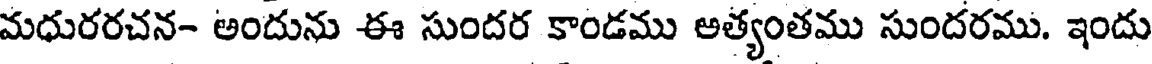
మధురరచన- అందును ఈ సుందర కాండము అత్యంతము సుందరము. ఇందు